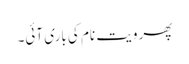
پھر ویت نام کی باری آئی۔